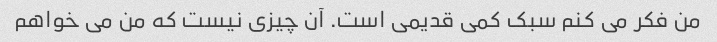
من فکر می کنم سبک کمی قدیمی است. آن چیزی نیست که من می خواهم